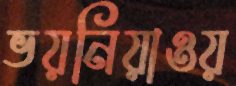
ভয়নিয়াওয়